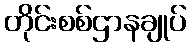
တိုင်းစစ်ဌာနချုပ်